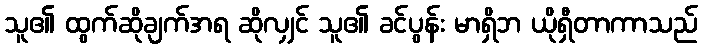
သူ၏ ထွက်ဆိုချက်အရ ဆိုလျှင် သူ၏ ခင်ပွန်း မာရှိဘ ယိုရှီတာကာသည်